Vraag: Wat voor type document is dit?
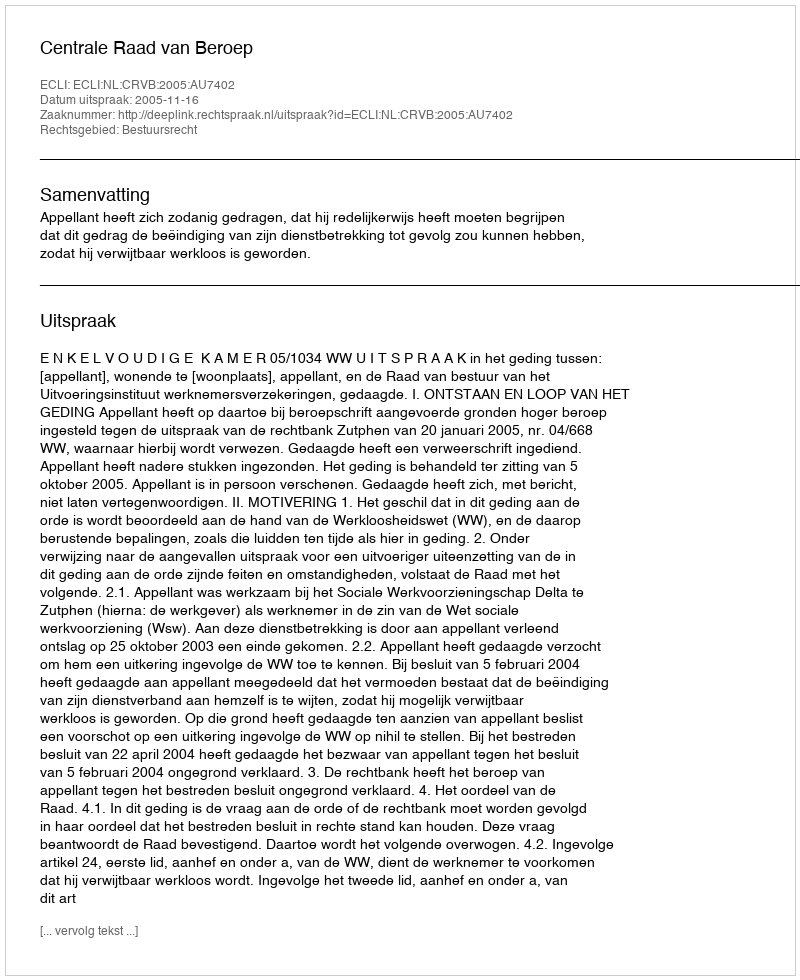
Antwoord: Uitspraak